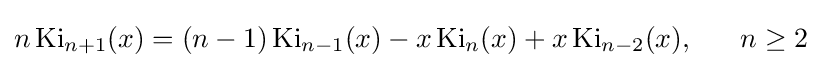
n\operatorname {Ki} _{n+1}(x)=(n-1)\operatorname {Ki} _{n-1}(x)-x\operatorname {Ki} _{n}(x)+x\operatorname {Ki} _{n-2}(x),~~~~~n\geq 2